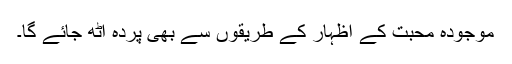
موجودہ محبت کے اظہار کے طریقوں سے بھی پردہ اٹھ جائے گا۔